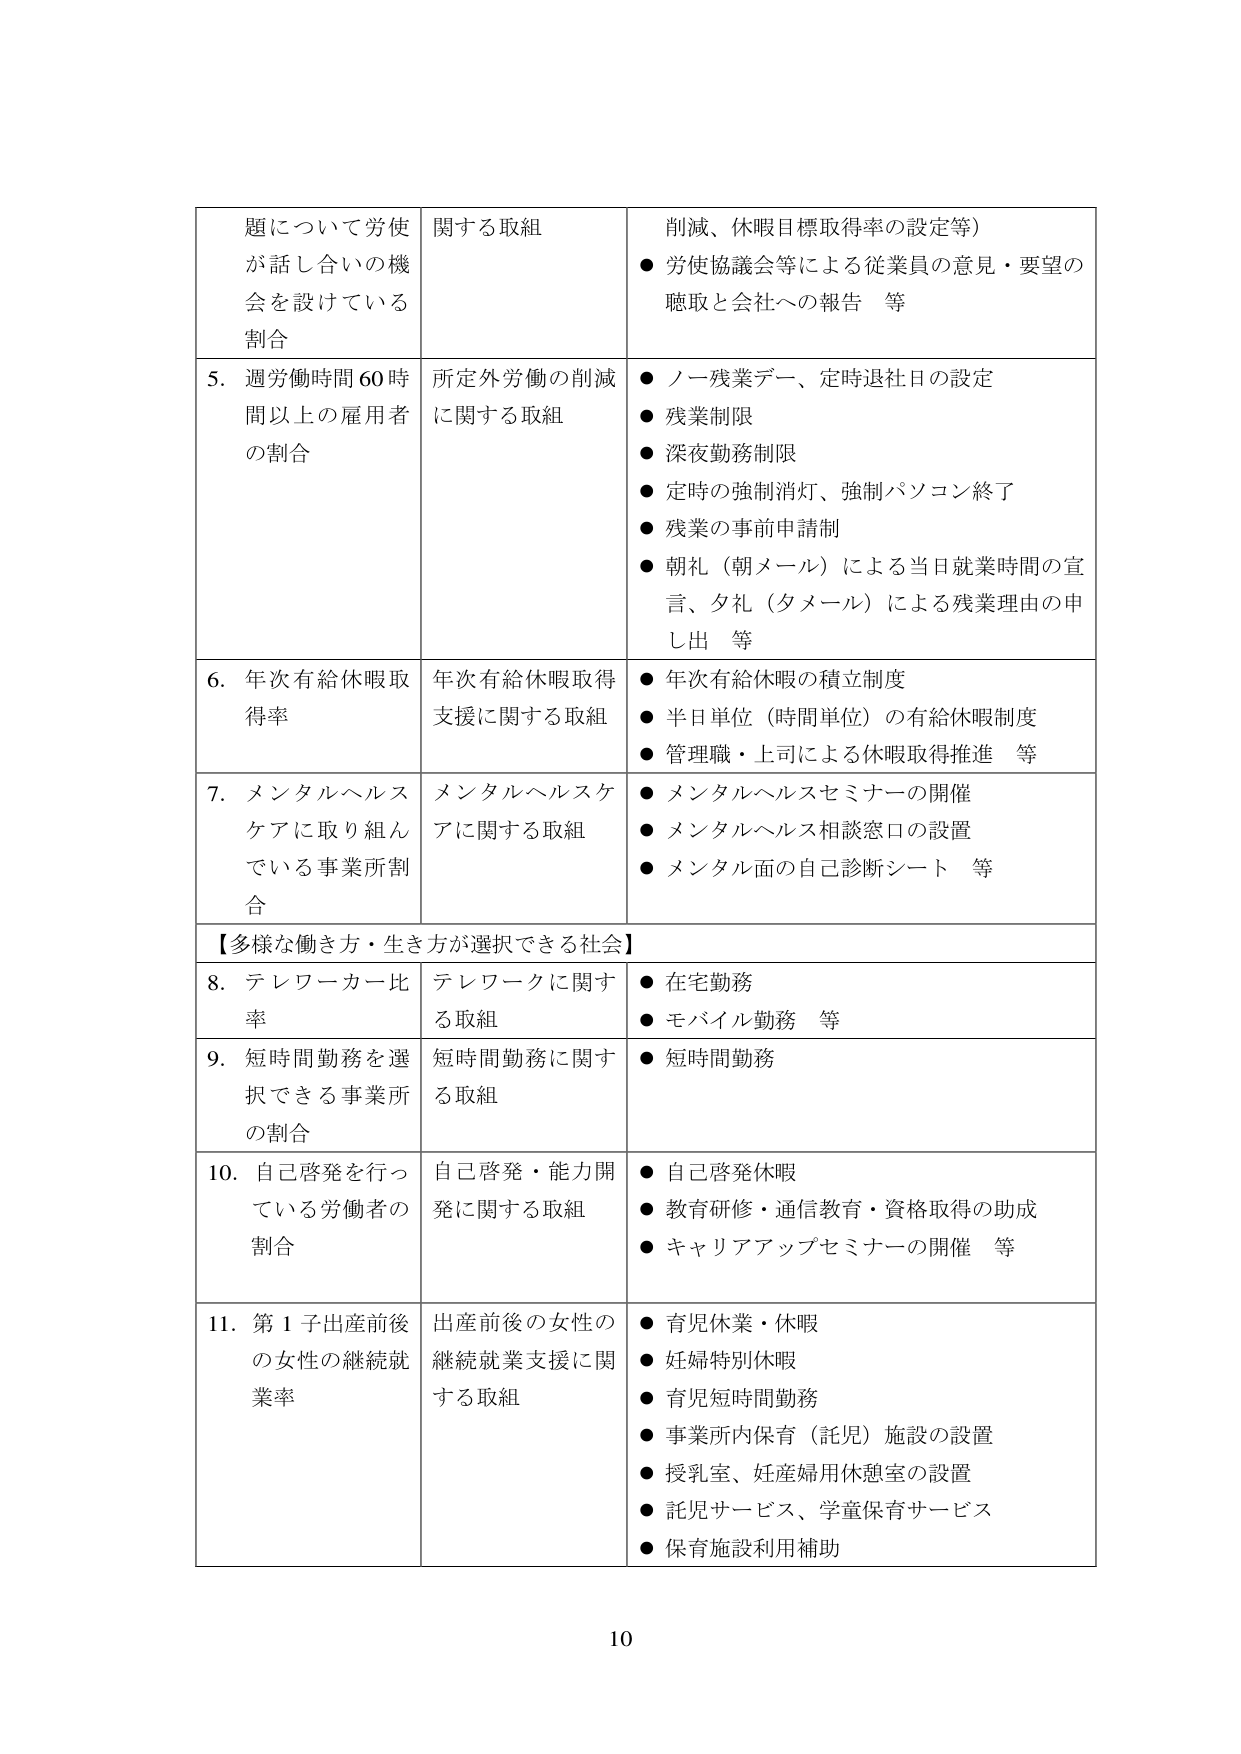
題について労使が話し合いの機会を設けている割合　　関する取組　　削減、休暇目標取得率の設定等）　　● 労使協議会等による従業員の意見・要望の聴取と会社への報告　等

5. 週労働時間60時間以上の雇用者の割合　　所定外労働の削減に関する取組　　● ノー残業デー、定時退社日の設定　　● 残業制限　　● 深夜勤務制限　　● 定時の強制消灯、強制パソコン終了　　● 残業の事前申請制　　● 朝礼（朝メール）による当日就業時間の宣言、夕礼（夕メール）による残業理由の申し出　等

6. 年次有給休暇取得率　　年次有給休暇取得支援に関する取組　　● 年次有給休暇の積立制度　　● 半日単位（時間単位）の有給休暇制度　　● 管理職・上司による休暇取得推進　等

7. メンタルヘルスケアに取り組んでいる事業所割合　　メンタルヘルスケアに関する取組　　● メンタルヘルスセミナーの開催　　● メンタルヘルス相談窓口の設置　　● メンタル面の自己診断シート　等

【多様な働き方・生き方が選択できる社会】

8. テレワーカー比率　　テレワークに関する取組　　● 在宅勤務　　● モバイル勤務　等

9. 短時間勤務を選択できる事業所の割合　　短時間勤務に関する取組　　● 短時間勤務

10. 自己啓発を行っている労働者の割合　　自己啓発・能力開発に関する取組　　● 自己啓発休暇　　● 教育研修・通信教育・資格取得の助成　　● キャリアアップセミナーの開催　等

11. 第1子出産前後の女性の継続就業率　　出産前後の女性の継続就業支援に関する取組　　● 育児休業・休暇　　● 妊婦特別休暇　　● 育児短時間勤務　　● 事業所内保育（託児）施設の設置　　● 授乳室、妊産婦用休憩室の設置　　● 託児サービス、学童保育サービス　　● 保育施設利用補助

10